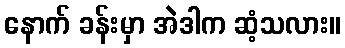
နောက် ခန်းမှာ အဲဒါက ဆံ့သလား။